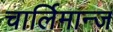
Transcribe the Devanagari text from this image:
चार्लिमान्ज